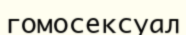
гомосексуал